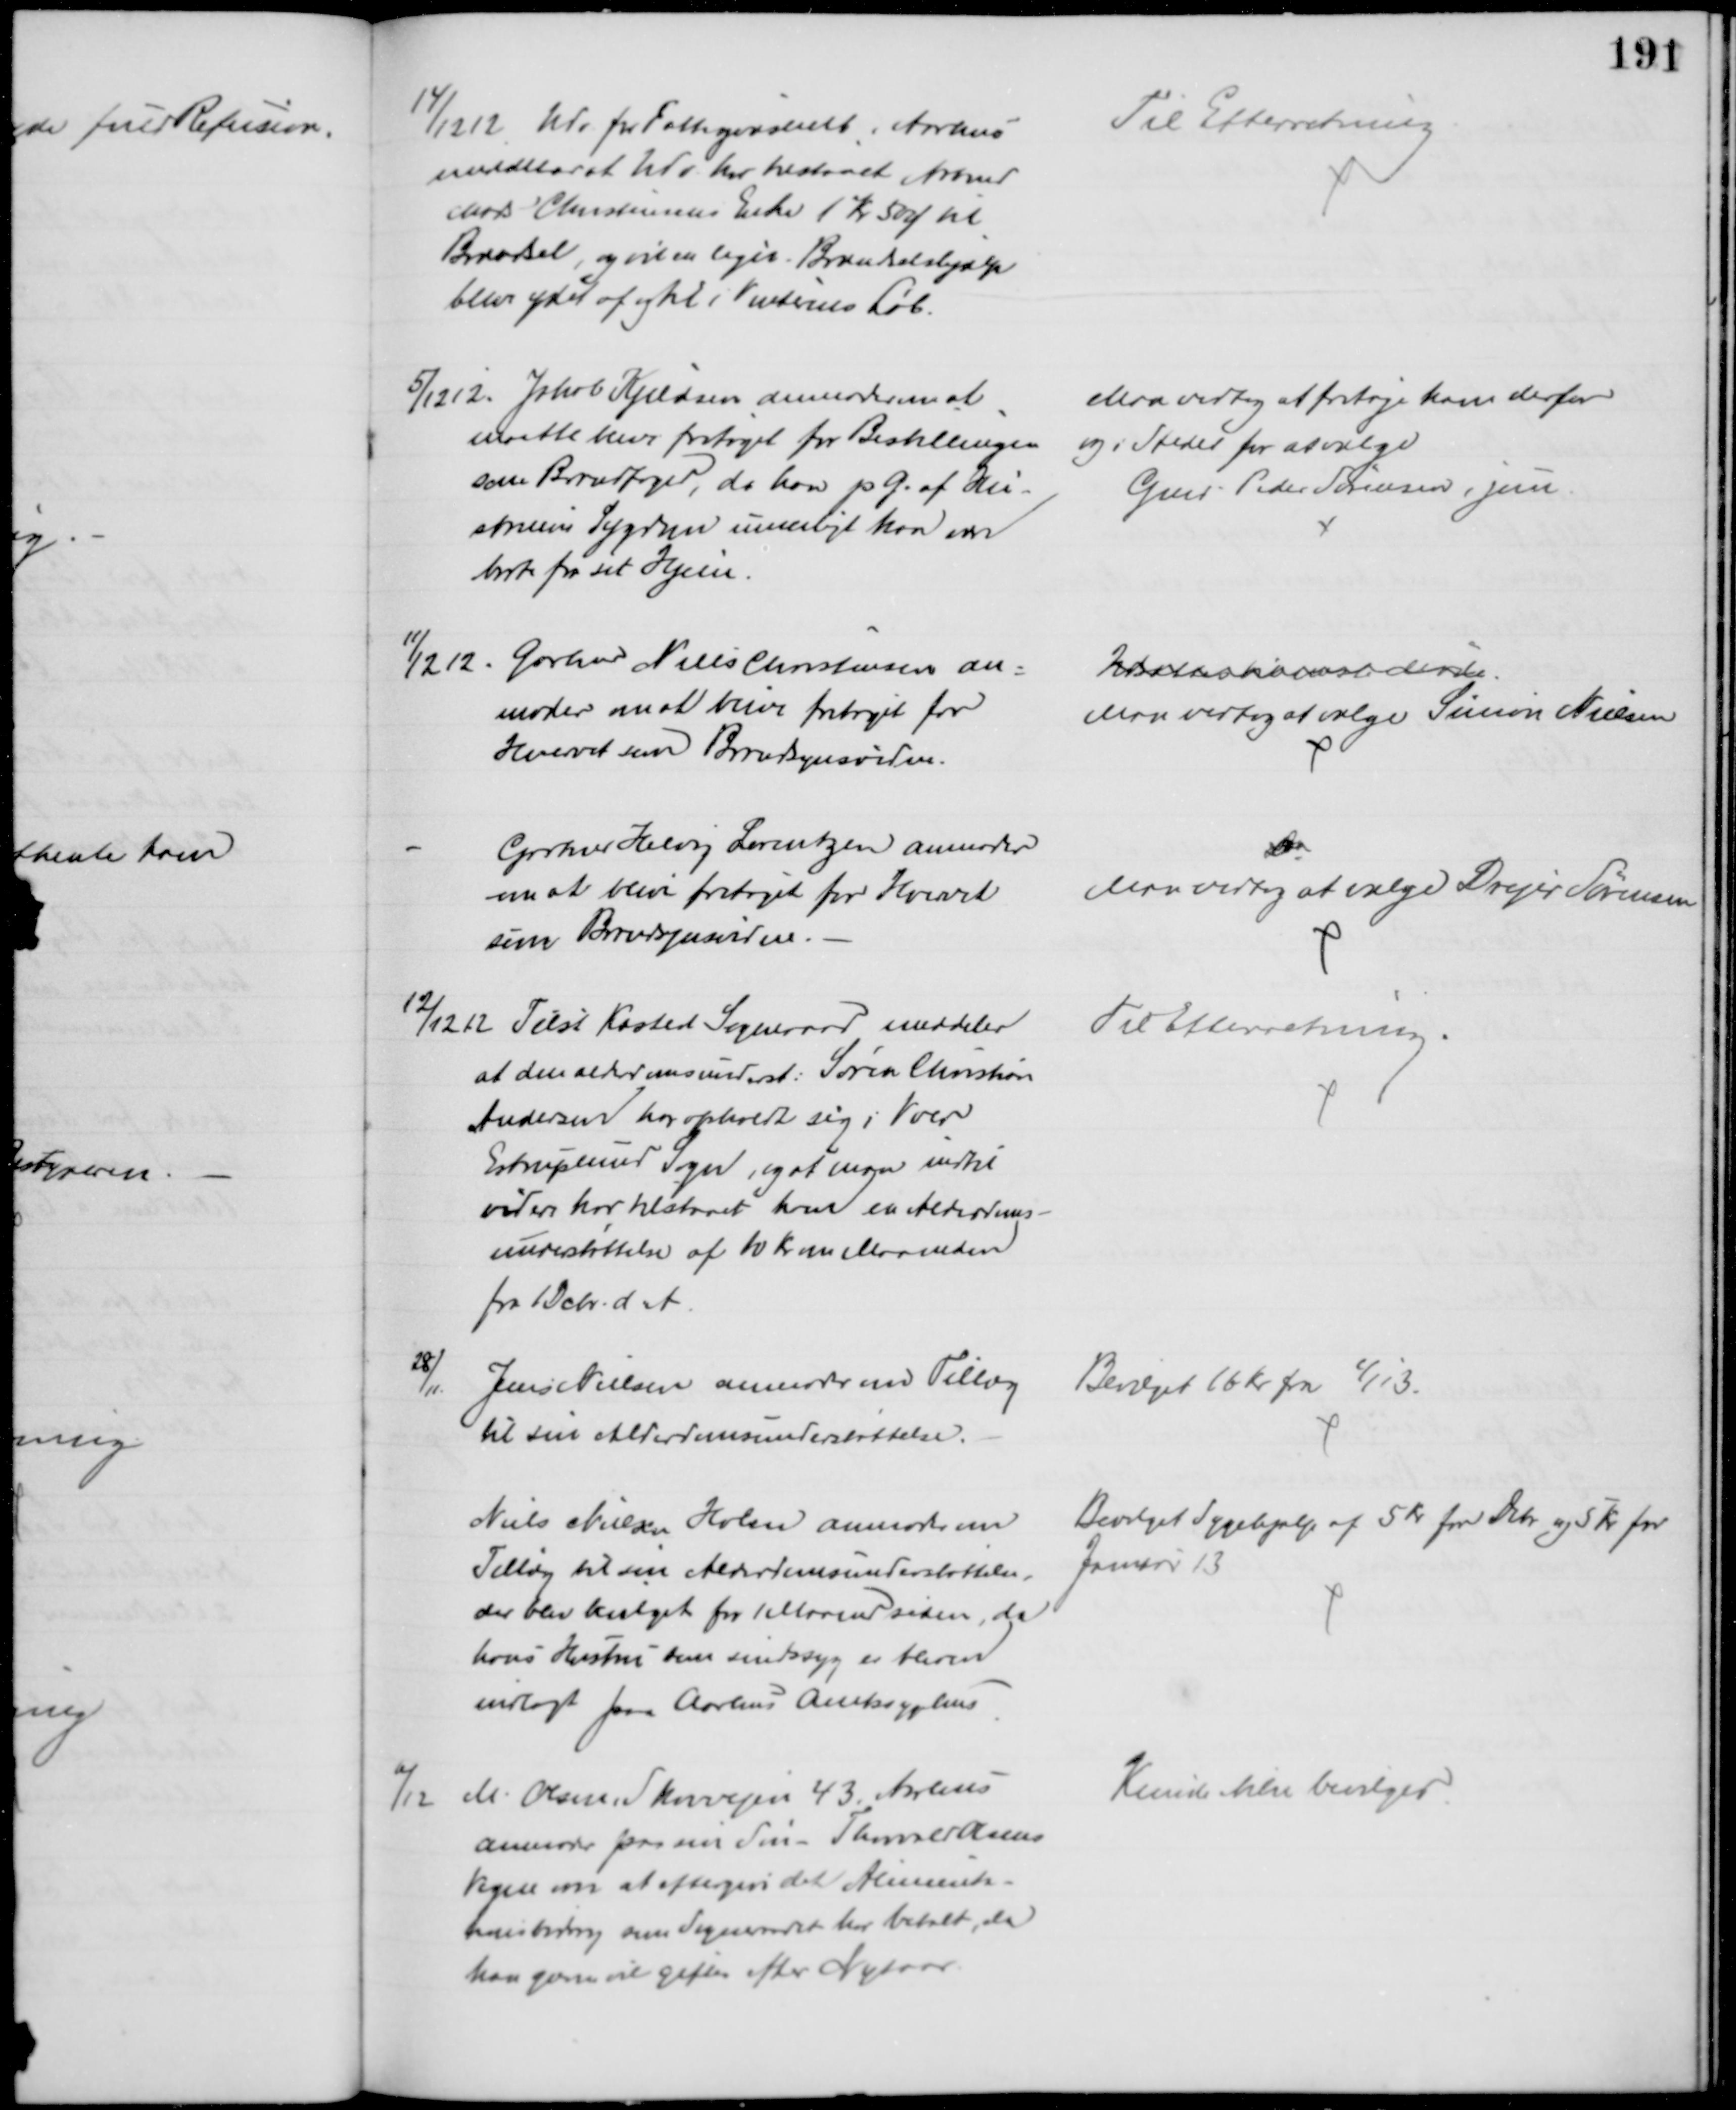
Transskription:
14/12 12 Udv. for Fattigvæsenet i Aarhus
meddeler at Udv. har tilstaaet Arbmd
Mads Christensens Enke 1 Kr 50 Ø til
Brændsel, og vil en lign. Brændselshjælp
blive ydet af og til i Vinterens Løb.
Til Efterretning
5/12 12. Jakob Kjeldsen anmoder om at
maatte blive fritaget for Bestillingen 
som Brandfoged, da han p G. af Hu-
struens Sygdom umuligt kan være
borte fra sit Hjem.
Man vedtog at fritage ham derfor
og i Stedet for at vælge
Gmd Peder Sørensen, jun
11/12 12.
Gartner Niels Christensen an=
moder om at blive fritaget for
Hvervet som Brandsynsvidne.
Udsættes til næste Møde.
Man vedtog at vælge Simon Nielsen
Gartner Helveg Lorentzen anmoder
om at blive fritaget for Hvervet
som Brandsynsvidne.
Do
Man vedtog at vælge Drejer Sørensen
12/12 12 Tilst Kasted Sogneraad meddeler
at den alderdomsunderst. Søren Christian
Andersen har opholdt sig i Voer
Estruplund Sogn, og at man indtil
videre har tilstaaet ham en Alderdoms-
understøttelse af 10 Kr om Maaneden
fra 1 Dcbr. d. A.
Til Efterretning
28/11.
Jens Nielsen anmoder om Tillæg
til sin Alderdomsunderstøttelse.
Bevilget 16 Kr. fra 1/1 13.
Niels Nielsen Holm anmoder om
Tillæg til sin Alderdomsunderstøttelse,
der blev bevilget for 1 Maaned siden, da
hans Hustru som sindssyg er bleven 
indlagt paa Aarhus Amtssygehus
Bevilget Sygehjælp af 5 Kr for Dcbr og 5 Kr for
Januar 13
6/12
M. Olsen, Skovvejen 43, Aarhus
anmoder paa sin Søn -Thorvald Olsens
Vegne om at eftergive det Alimenta-
tionsbidrag som Sognerådet har betalt, da
han gerne vil giftes efter Nytaar
Kunde ikke bevilges.